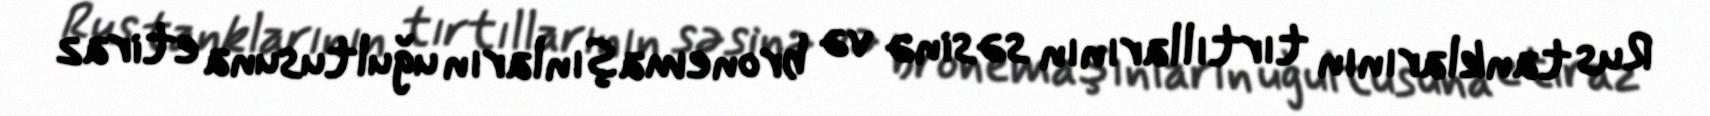
Rus tanklarının tırtıllarının səsinə və bronemaşınların uğultusuna etiraz